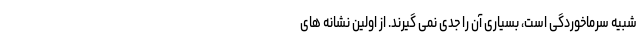
شبیه سرماخوردگی است، بسیاری آن را جدی نمی گیرند. از اولین نشانه های